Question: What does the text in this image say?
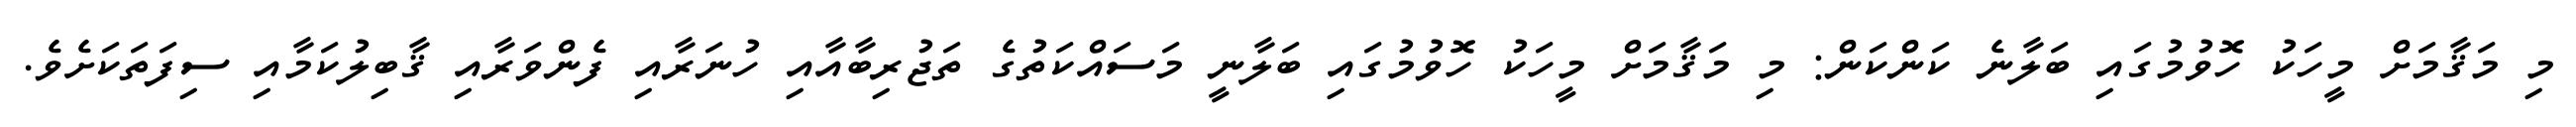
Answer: މި މަޤާމަށް މީހަކު ހޮވުމުގައި ބަލާނެ ކަންކަން: މި މަޤާމަށް މީހަކު ހޮވުމުގައި ބަލާނީ މަސައްކަތުގެ ތަޖުރިބާއާއި ހުނަރާއި ފެންވަރާއި ޤާބިލުކަމާއި ސިފަތަކަށެވެ.